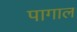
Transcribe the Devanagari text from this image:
पागाल